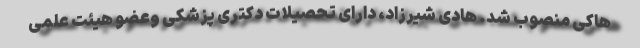
هاکی منصوب شد. هادی شیرزاد، دارای تحصیلات دکتری پزشکی وعضو هیئت علمی